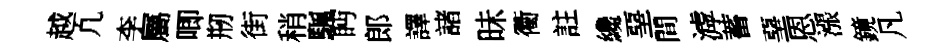
越凢李屬唧剏街稍颿眄郎譯諸昧衢註纔堊間滹蓄堊恩漲鏡凡